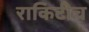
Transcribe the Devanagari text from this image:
राकिटीच